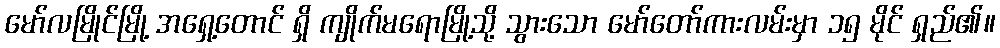
မော်လမြိုင်မြို့ အရှေ့တောင် ရှိ ကျိုက်မရောမြို့သို့ သွားသော မော်တော်ကားလမ်းမှာ ၁၅ မိုင် ရှည်၏။